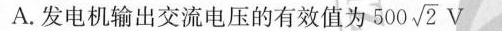
A.发电机输出交流电压的有效值为500 \sqrt{2}V